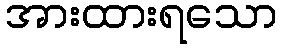
အားထားရသော